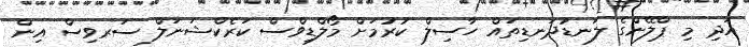
އަދި މި ޕްލޭންގެ ލަނޑުދަނޑިތައް ހާސިލް ކުރުމަށް މޯލްޑިވްސް ކަރެކްޝަނަލް ސަރވިސް އިން